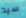
سيد